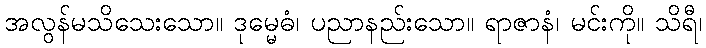
အလွန်မသိသေးသော။ ဒုမ္မေဓံ၊ ပညာနည်းသော။ ရာဇာနံ၊ မင်းကို။ သိရီ၊